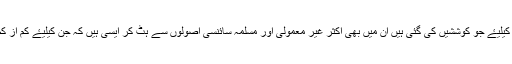
ان ماوراء طبیعی داستانوں (یا واقعات) کی تفسیر کیلیۓ جو کوششیں کی گئی ہیں ان میں بھی اکثر غیر معمولی اور مسلمہ سائنسی اصولوں سے ہٹ کر ایسی ہیں کہ جن کیلیۓ کم از کم موجودہ سائنس میں کوئی ٹھوس ثبوت نہیں ملتا۔